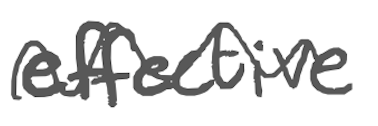
Text: effective
Cross-out: wave
Writing tool: digital_gray